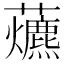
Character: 𧅃